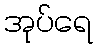
အုပ်ရေ